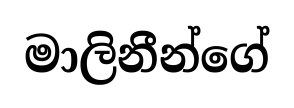
මාලිනීන්ගේ